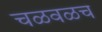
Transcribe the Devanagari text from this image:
चळवळच